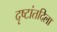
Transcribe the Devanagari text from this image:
दृष्टांतदिला